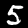
Label: 5